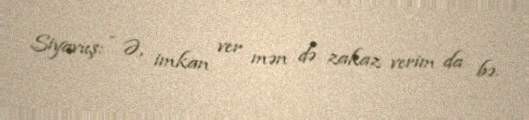
Siyavuş: - Ə, imkan ver mən də zakaz verim da bə.